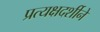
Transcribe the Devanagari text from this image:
प्रत्यक्षदर्शीने